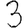
Digit: 3